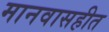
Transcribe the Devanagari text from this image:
मानवासहीत